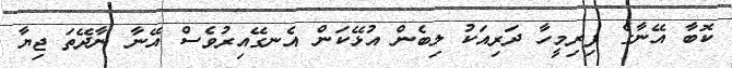
ކޮބާ އޭނާގެ ފިރިމީހާ ދަރިއަކު ލިބެން އުޅޭކަން އެނގޭއިރުވެސް އޭނާ ނާދޭތަ ޖިޔާ